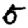
Digit: 5